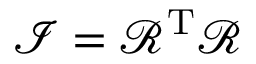
{ \mathcal { I } } = { \mathcal { R } } ^ { \mathrm { T } } { \mathcal { R } }